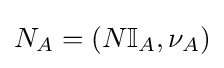
N_{A}=(N\mathbb {I} _{A},\nu _{A})